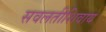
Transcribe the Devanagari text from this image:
सवलतीशिवाय